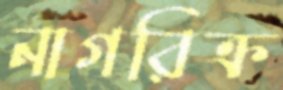
নাগরিক্র